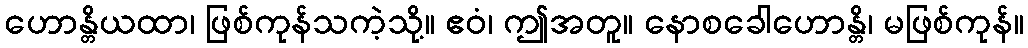
ဟောန္တိယထာ၊ ဖြစ်ကုန်သကဲ့သို့။ ဧဝံ၊ ဤအတူ။ နောစခေါဟောန္တိ၊ မဖြစ်ကုန်။